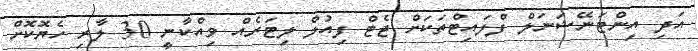
އަދި އިންޓަނޭޝަނަލް ފްލައިޓްތަކަށް ޖެޓް ފިއުލް ލިޓަރެއް ވިއްކާނީ 30 ލާރި ހެޔޮކޮށް